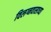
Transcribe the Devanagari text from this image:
विलग्नवासाच्या